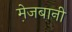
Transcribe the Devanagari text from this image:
मे़जबानी